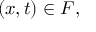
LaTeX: ( x , t ) \in F ,